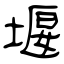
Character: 堰